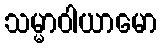
သမ္မာဝါယာမော